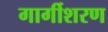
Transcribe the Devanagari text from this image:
गार्गीशरण